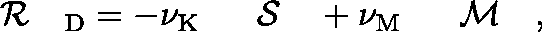
\mathrm { ~ \boldmath ~ { ~ \cal ~ { ~ R ~ } ~ } ~ } _ { \mathrm { { D } } } = - \nu _ { \mathrm { { K } } } \mathrm { ~ \boldmath ~ { ~ \cal ~ { ~ S ~ } ~ } ~ } + \nu _ { \mathrm { { M } } } \mathrm { ~ \boldmath ~ { ~ \cal ~ { ~ M ~ } ~ } ~ } ,